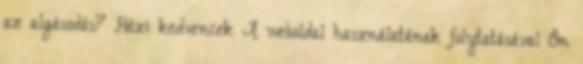
az algásodás? Házi kedvencek A weboldal használatának folytatásával Ön